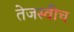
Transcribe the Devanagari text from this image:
तेजस्वीच